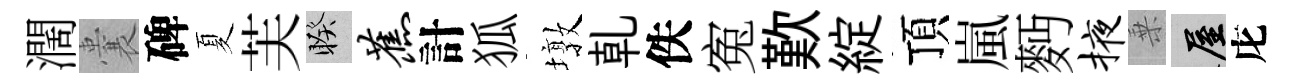
濶囊碑夏芙睽蕉計狐墩乹佚寃歎綻頂嵐麪掖乗屋庀